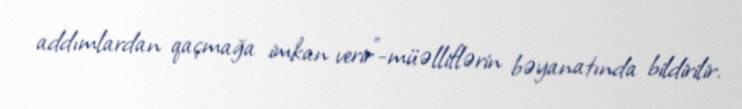
addımlardan qaçmağa imkan verir”-müəlliflərin bəyanatında bildirilir.